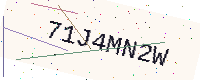
Text: 71J4MN2W